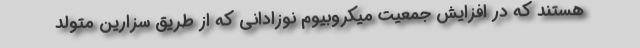
هستند که در افزایش جمعیت میکروبیوم نوزادانی که از طریق سزارین متولد